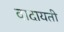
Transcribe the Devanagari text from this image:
वादायती